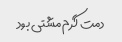
دمت گرم مشتی بود